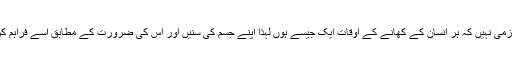
یہ لازمی نہیں کہ ہر انسان کے کھانے کے اوقات ایک جیسے ہوں لہذا اپنے جسم کی سُنیں اور اس کی ضرورت کے مطابق اسے فراہم کریں ۔